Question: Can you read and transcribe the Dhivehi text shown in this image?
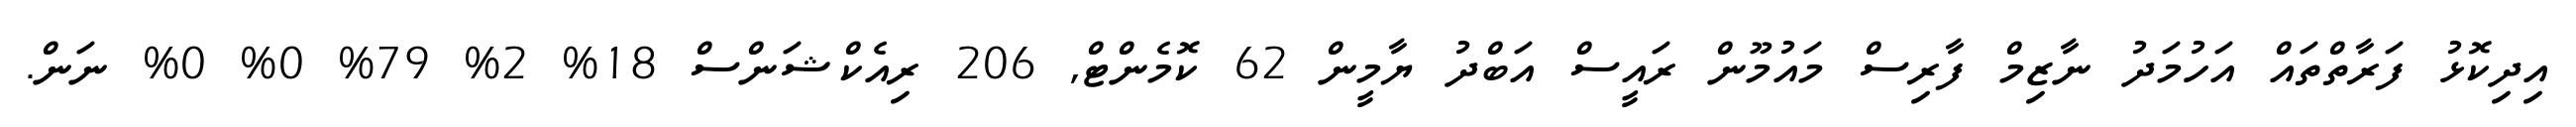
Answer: އިދިކޮޅު ފަރާތްތައް އަހުމަދު ނާޒިމް ފާރިސް މައުމޫން ރައީސް އަބްދު ޔާމީން 62 ކޮމެންޓް, 206 ރިއެކްޝަންސް 18% 2% 79% 0% 0% ނަން.